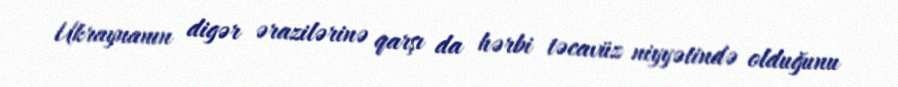
Ukraynanın digər ərazilərinə qarşı da hərbi təcavüz niyyətində olduğunu